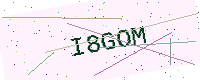
Text: I8GOM